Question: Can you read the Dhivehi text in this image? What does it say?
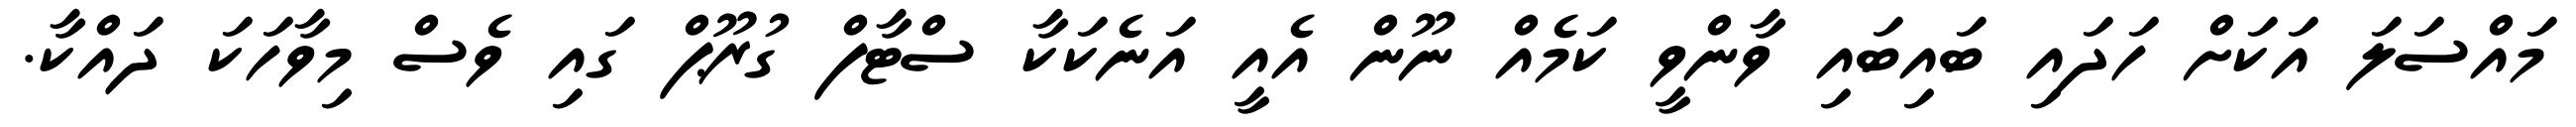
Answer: މައްސަލަ އަކަށް ހަދައި ބައިބައި ވާންވީ ކަމެއް ނޫން އެއީ އަނެކަކާ ސްޓާފް ގުރޫޕް ގައި ވެސް މިވާހަކަ ދައްކާ.